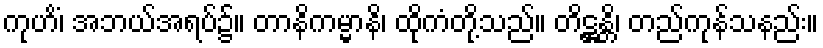
ကုဟိံ၊ အဘယ်အရပ်၌။ တာနိကမ္မာနိ၊ ထိုကံတို့သည်။ တိဋ္ဌန္တိ၊ တည်ကုန်သနည်း။